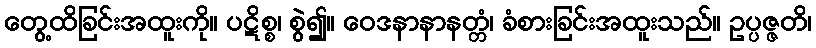
တွေ့ထိခြင်းအထူးကို။ ပဋိစ္စ၊ စွဲ၍။ ဝေဒနာနာနတ္တံ၊ ခံစားခြင်းအထူးသည်။ ဥပ္ပဇ္ဇတိ၊